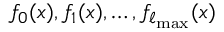
f _ { 0 } ( x ) , f _ { 1 } ( x ) , \dots , f _ { \ell _ { \mathrm { m a x } } } ( x )